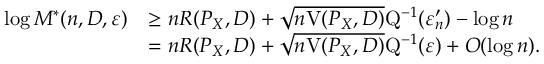
\begin{array} { r l } { \log M ^ { * } ( n , D , \varepsilon ) } & { \geq n R ( P _ { X } , D ) + \sqrt { n \mathrm { V } ( P _ { X } , D ) } \mathrm { Q } ^ { - 1 } ( \varepsilon _ { n } ^ { \prime } ) - \log n } \\ & { = n R ( P _ { X } , D ) + \sqrt { n \mathrm { V } ( P _ { X } , D ) } \mathrm { Q } ^ { - 1 } ( \varepsilon ) + O ( \log n ) . } \end{array}